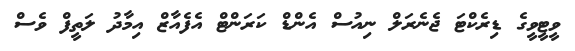
ވީޓީވީގެ ޑިރެކްޓަ ޖެނެރަލް ނިއުސް އެންޑް ކަރަންޓް އެފެއާޒް އިމާދު ލަތީފް ވެސް